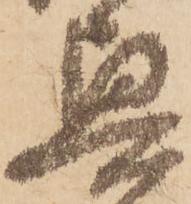
奥